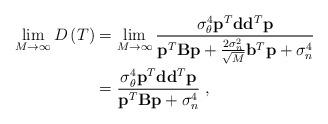
LaTeX: \begin{align*}\lim_{M\to\infty}D\left(T\right)&=\lim_{M\to\infty}\frac{\sigma_{\theta}^4\mathbf{p}^T\mathbf{d}\mathbf{d}^T\mathbf{p}}{\mathbf{p}^T\mathbf{B}\mathbf{p}+\frac{2\sigma_n^2}{\sqrt{M}}\mathbf{b}^T\mathbf{p}+\sigma_n^4}\\&=\frac{\sigma_{\theta}^4\mathbf{p}^T\mathbf{d}\mathbf{d}^T\mathbf{p}}{\mathbf{p}^T\mathbf{B}\mathbf{p}+\sigma_n^4}\;,\end{align*}